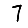
Digit: 7